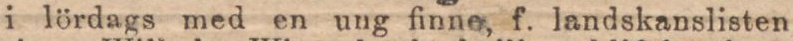
i lördags med en ung finne, f. landskanslisten